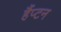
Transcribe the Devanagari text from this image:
हैंप्टन